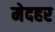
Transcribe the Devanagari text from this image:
मेदहर